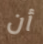
أن